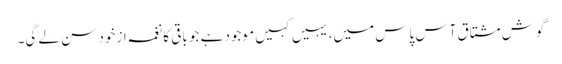
گوشِ مشتاق آس پاس میں، یہیں کہیں موجود ہے جو باقی کا نغمہ از خود سن لے گی۔